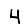
Digit: 4